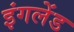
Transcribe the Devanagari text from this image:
इंगलेंड